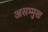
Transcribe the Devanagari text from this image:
असम्मुख